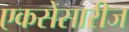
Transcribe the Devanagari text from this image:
एकसेसारीज